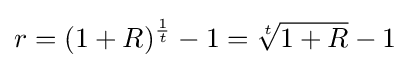
r=(1+R)^{\frac {1}{t}}-1={\sqrt[{t}]{1+R}}-1